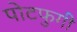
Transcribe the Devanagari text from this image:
पोटफुगी